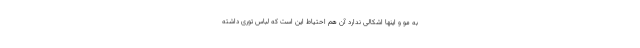
به مو و اینها اشکالی ندارد آن هم احتیاط این است که لباس توری داشته